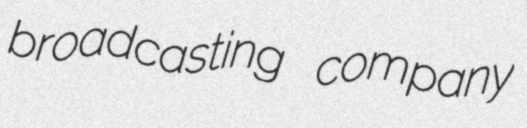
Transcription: broadcasting company